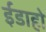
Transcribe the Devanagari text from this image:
ईडाहो